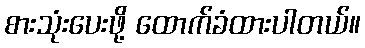
စားသုံးပေးဖို့ ထောက်ခံထားပါတယ်။